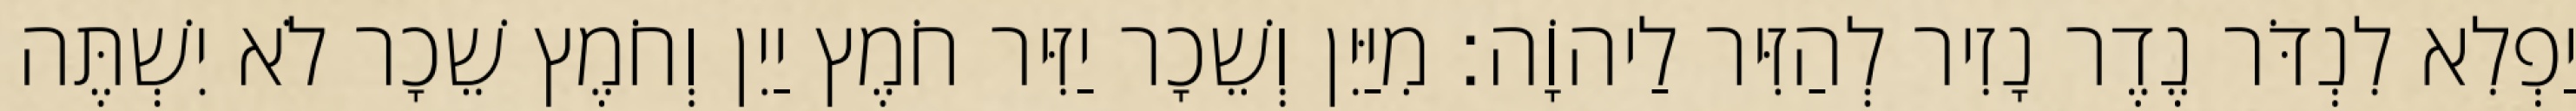
יַפְלִא לִנְדֹּר נֶדֶר נָזִיר לְהַזִּיר לַיהוָֹה׃ מִיַּיִן וְשֵׁכָר יַזִּיר חֹמֶץ יַיִן וְחֹמֶץ שֵׁכָר לֹא יִשְׁתֶּה